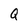
Character: Q